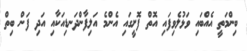
ބިންމަތީ އެއްބައި ވަޅުލެވިފައި އޮތް ފޮށީގައި އެންމެ އަލިފާންދަނޑިއަކާއި އަދި ފަން ބިތް